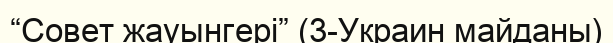
“Совет жауынгері” (3-Украин майданы)